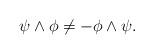
LaTeX: \begin{align*}\psi\wedge\phi \neq -\phi\wedge\psi .\end{align*}